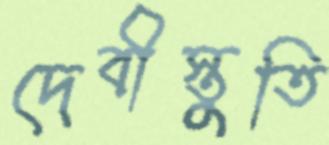
দেবীস্তুতি